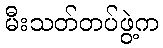
မီးသတ်တပ်ဖွဲ့က